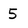
Character: 5